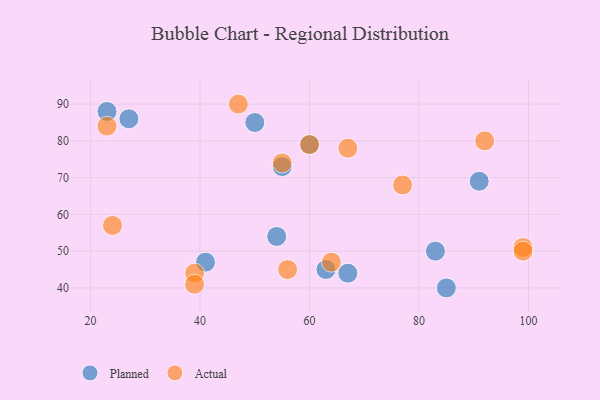
{"axis": {"x": "GDP", "y": "Life Expectancy"}, "legend": ["Actual", "Planned"], "data": [{"x": "50", "y": 85, "type": "Planned"}, {"x": "63", "y": 45, "type": "Planned"}, {"x": "83", "y": 50, "type": "Planned"}, {"x": "41", "y": 47, "type": "Planned"}, {"x": "91", "y": 69, "type": "Planned"}, {"x": "85", "y": 40, "type": "Planned"}, {"x": "23", "y": 88, "type": "Planned"}, {"x": "54", "y": 54, "type": "Planned"}, {"x": "60", "y": 79, "type": "Planned"}, {"x": "27", "y": 86, "type": "Planned"}, {"x": "67", "y": 44, "type": "Planned"}, {"x": "55", "y": 73, "type": "Planned"}, {"x": "56", "y": 45, "type": "Actual"}, {"x": "67", "y": 78, "type": "Actual"}, {"x": "24", "y": 57, "type": "Actual"}, {"x": "92", "y": 80, "type": "Actual"}, {"x": "39", "y": 44, "type": "Actual"}, {"x": "23", "y": 84, "type": "Actual"}, {"x": "60", "y": 79, "type": "Actual"}, {"x": "77", "y": 68, "type": "Actual"}, {"x": "47", "y": 90, "type": "Actual"}, {"x": "55", "y": 74, "type": "Actual"}, {"x": "99", "y": 51, "type": "Actual"}, {"x": "64", "y": 47, "type": "Actual"}, {"x": "39", "y": 41, "type": "Actual"}, {"x": "99", "y": 50, "type": "Actual"}]}